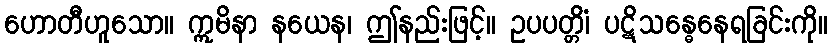
ဟောတီဟူသော။ ဣမိနာ နယေန၊ ဤနည်းဖြင့်။ ဥပပတ္တိံ၊ ပဋိသန္ဓေနေရခြင်းကို။